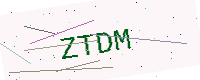
Text: ZTDM